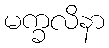
မက္ခလိနာ